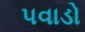
પવાડો